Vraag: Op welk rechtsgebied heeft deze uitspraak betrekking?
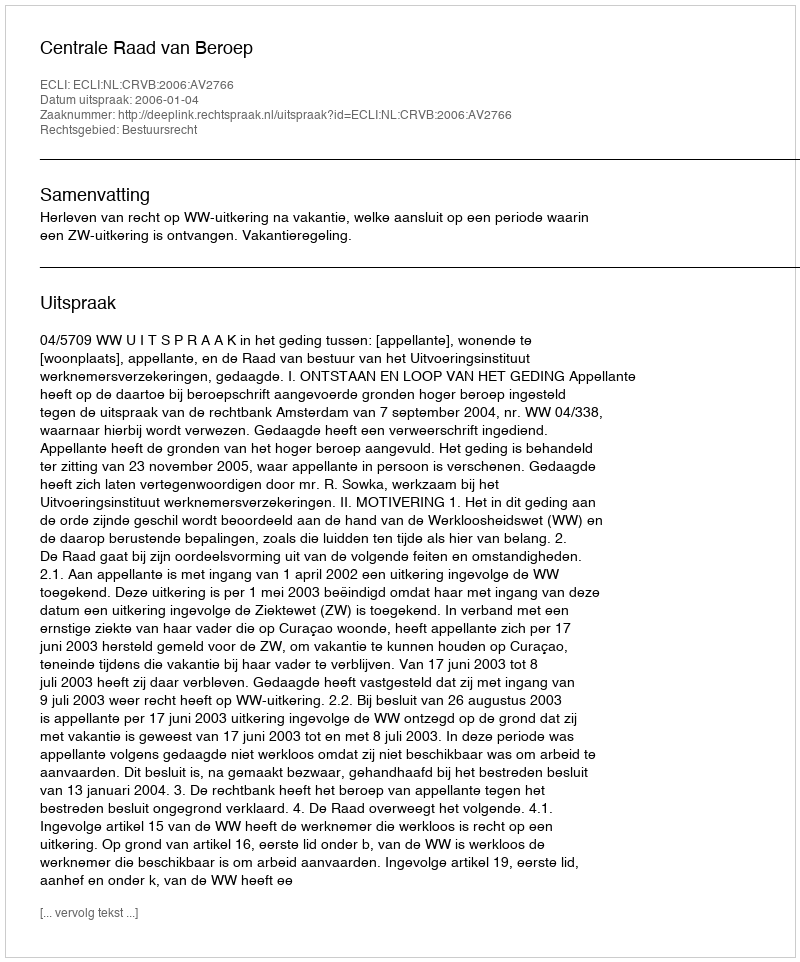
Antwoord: Bestuursrecht